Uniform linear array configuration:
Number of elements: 8
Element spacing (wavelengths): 0.5
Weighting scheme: blackman
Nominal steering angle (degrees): -45
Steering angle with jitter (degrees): -45.425
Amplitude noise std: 0.05
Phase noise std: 0.05

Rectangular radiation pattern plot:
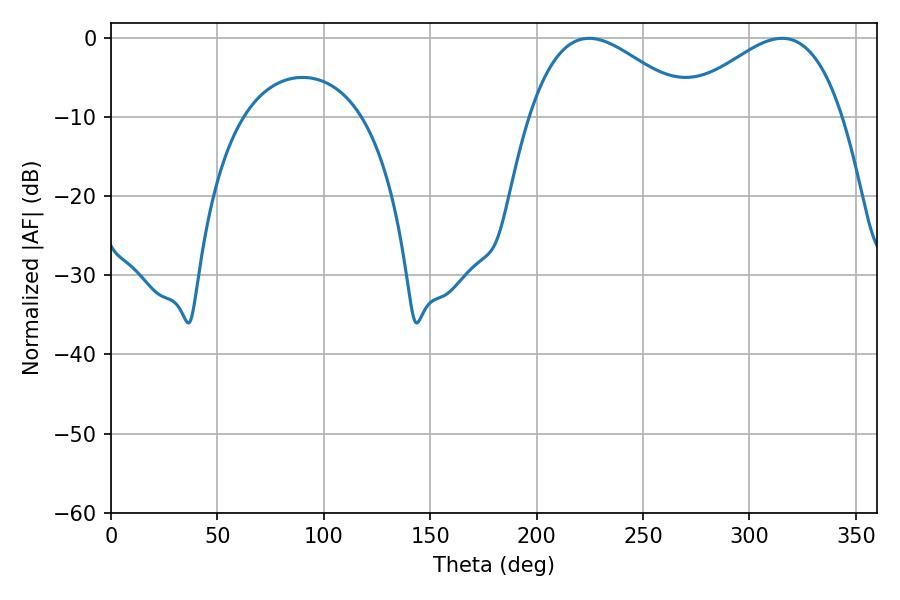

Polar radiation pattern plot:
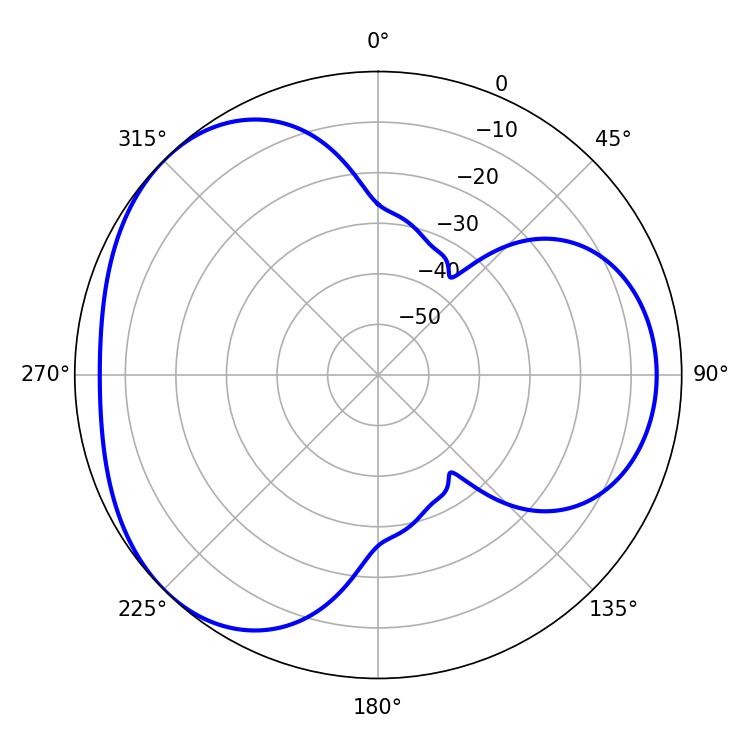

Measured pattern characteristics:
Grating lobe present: FALSE
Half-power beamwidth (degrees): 41.58
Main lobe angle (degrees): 224.64